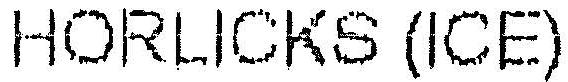
HORLICKS (ICE)